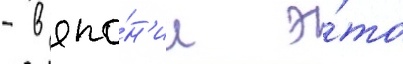
- в япо́н'ии э́то